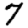
Digit: 7